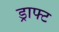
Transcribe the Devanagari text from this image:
ड्राफ्‍ट